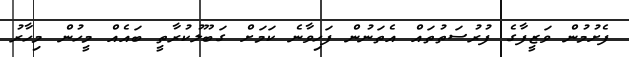
ފެށުމުން ވަޒީފާގެ ފުރުސަތުތައް އެތަނުން ފަހިވާނެ ކަަމަށް ގަބޫލުކުރާތީ ބައެއް މީހުން މިހާރު